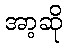
အာ့ဆို